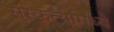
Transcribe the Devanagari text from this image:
संस्कृत्यांमध्ये